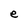
Character: e